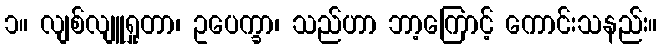
၁။ လျစ်လျူရှုတာ၊ ဥပေက္ခာ၊ သည်ဟာ ဘာ့ကြောင့် ကောင်းသနည်း။